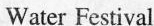
Water Festival